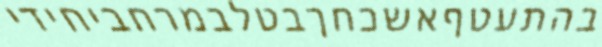
בהתעטףאשכחךבטלבמרחביחידי